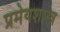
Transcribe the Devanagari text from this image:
प्रमेयशास्त्र